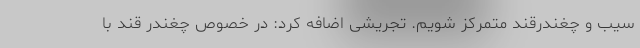
سیب و چغندرقند متمرکز شویم. تجریشی اضافه کرد: در خصوص چغندر قند با